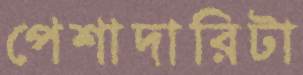
পেশাদারিটা